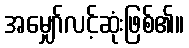
အမျှော်လင့်ဆုံးဖြစ်၏။